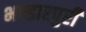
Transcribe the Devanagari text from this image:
भण्डारपुरी